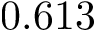
0 . 6 1 3